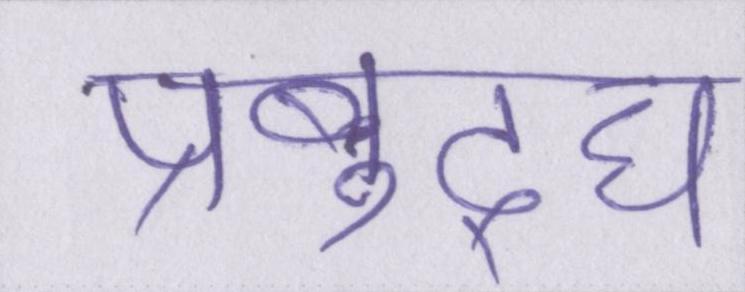
प्रबुद्घ